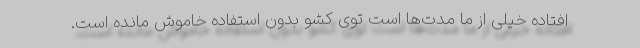
افتاده خیلی از ما مدت‌ها است توی کشو بدون استفاده خاموش مانده است.